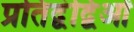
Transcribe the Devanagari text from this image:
प्रतिद्वंद्विओं